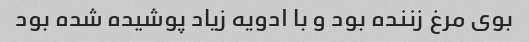
بوی مرغ زننده بود و با ادویه زیاد پوشیده شده بود